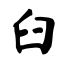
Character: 臼